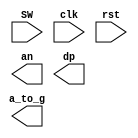
module clock_divider(
                input [31:0] SW,
                input clk,
                input rst,
                output reg [6:0] a_to_g,
                output reg [7:0] an,
                output wire dp
                    );
                    
reg [31:0] count;
localparam const = 50000000;

always@(posedge clk or posedge rst)
    begin
        if(rst==1'b1)begin
            count <=32'b0;
            clk_div <=1'b0;
            end
        else begin
         if (count == const-1) begin
            count <=32'b0;
            clk_div <= ~clk_div;
           end
        else begin
            count <= count + 1;
            clk_div <= clk_div;
         end
     end
 end
    

endmodule